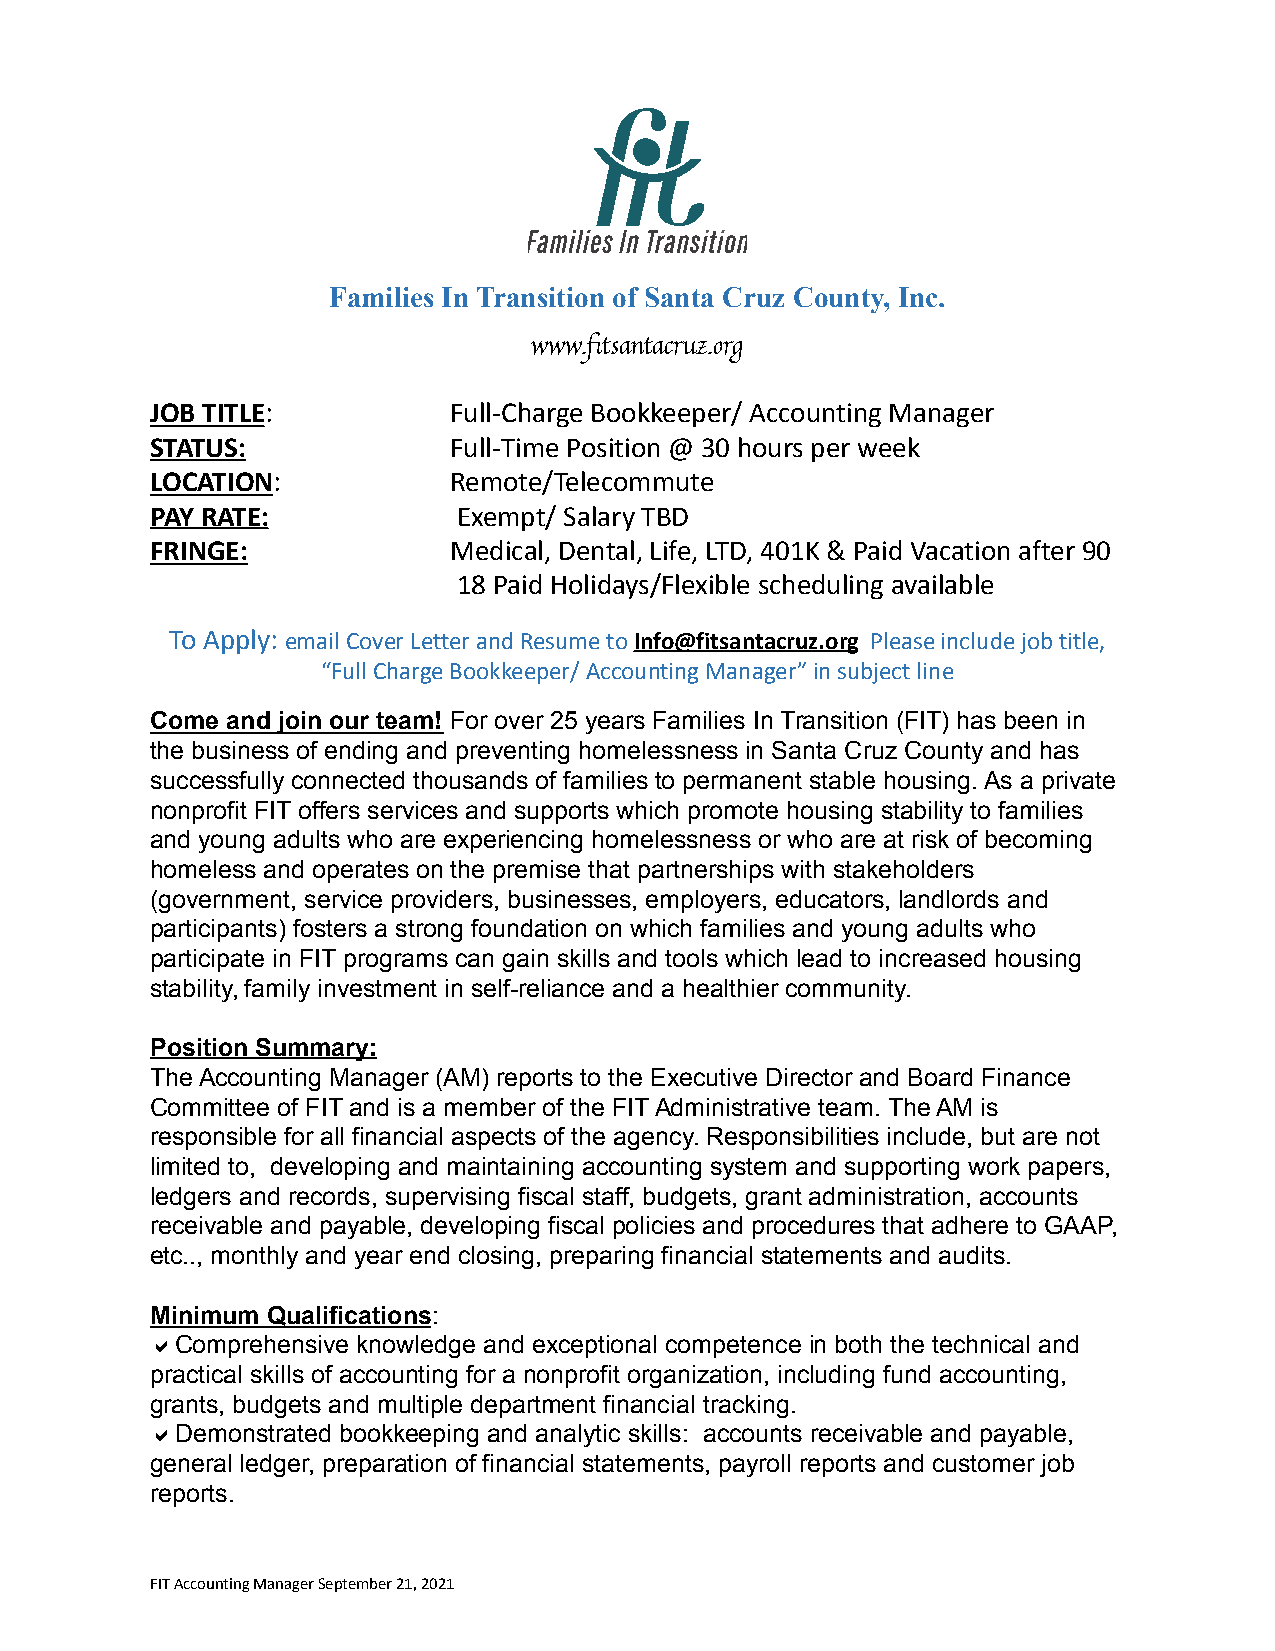
Families In Transition of Santa Cruz County, Inc.
 www.fitsantacruz.org
 JOB TITLE:          Full-Charge Bookkeeper/ Accounting Manager
 STATUS:             Full-Time Position @ 30 hours per week
 LOCATION:           Remote/Telecommute
 PAY RATE:           Exempt/ Salary TBD
 FRINGE:             Medical, Dental, Life, LTD, 401K & Paid Vacation after 90
 18 Paid Holidays/Flexible scheduling available
 To Apply: email Cover Letter and Resume toInfo@fitsantacruz.org Please include job title,
 “Full Charge Bookkeeper/ Accounting Manager” in subject line
 Come and join our team! For over 25 years Families In Transition (FIT) has been in
 the business of ending and preventing homelessness in Santa Cruz County and has
 successfully connected thousands of families to permanent stable housing. As a private
 nonprofit FIT offers services and supports which promote housing stability to families
 and young adults who are experiencing homelessness or who are at risk of becoming
 homeless and operates on the premise that partnerships with stakeholders
 (government, service providers, businesses, employers, educators, landlords and
 participants) fosters a strong foundation on which families and young adults who
 participate in FIT programs can gain skills and tools which lead to increased housing
 stability, family investment in self-reliance and a healthier community.
 Position Summary:
 The Accounting Manager (AM) reports to the Executive Director and Board Finance
 Committee of FIT and is a member of the FIT Administrative team. The AM is
 responsible for all financial aspects of the agency. Responsibilities include, but are not
 limited to, developing and maintaining accounting system and supporting work papers,
 ledgers and records, supervising fiscal staff, budgets, grant administration, accounts
 receivable and payable, developing fiscal policies and procedures that adhere to GAAP,
 etc.., monthly and year end closing, preparing financial statements and audits.
 Minimum Qualifications:
 Comprehensive knowledge and exceptional competence in both the technical and
 practical skills of accounting for a nonprofit organization, including fund accounting,
 grants, budgets and multiple department financial tracking.
 Demonstrated bookkeeping and analytic skills: accounts receivable and payable,
 general ledger, preparation of financial statements, payroll reports and customer job
 reports.
 FIT Accounting Manager September 21, 2021